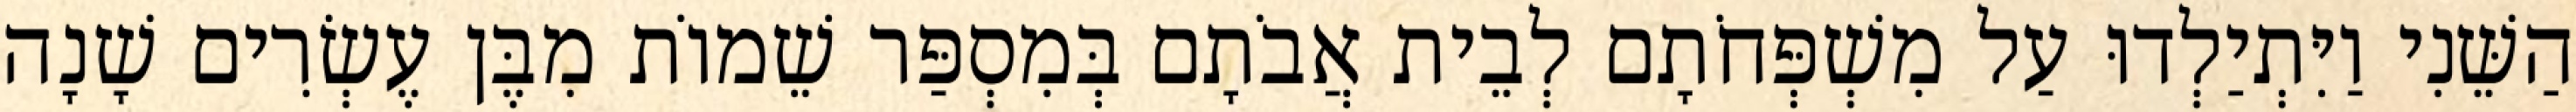
הַשֵּׁנִי וַיִּתְיַלְדוּ עַל מִשְׁפְּחֹתָם לְבֵית אֲבֹתָם בְּמִסְפַּר שֵׁמוֹת מִבֶּן עֶשְׂרִים שָׁנָה